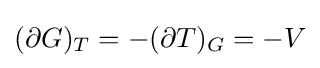
(\partial G)_{T}=-(\partial T)_{G}=-V